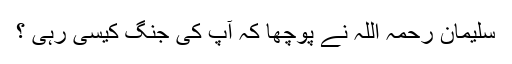
سلیمان رحمہ اللہ نے پوچھا کہ آپ کی جنگ کیسی رہی ؟